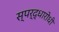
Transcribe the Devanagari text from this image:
स्पर्द्धारोधी